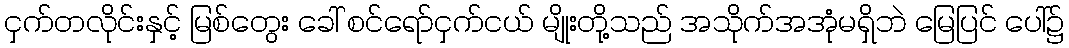
ငှက်တလိုင်းနှင့် မြစ်တွေး ခေါ် စင်ရော်ငှက်ငယ် မျိုးတို့သည် အသိုက်အအုံမရှိဘဲ မြေပြင် ပေါ်၌